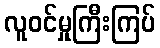
လူဝင်မှုကြီးကြပ်